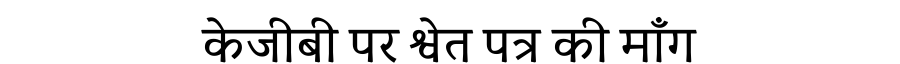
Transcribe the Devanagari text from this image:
केजीबी पर श्वेत पत्र की माँग